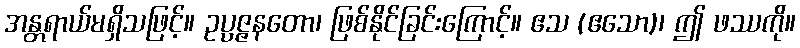
အန္တရာယ်မရှိသဖြင့်။ ဥပ္ပဇ္ဇနတော၊ ဖြစ်နိုင်ခြင်းကြောင့်။ ဧသ (ဧသော)၊ ဤ ဖဿကို။